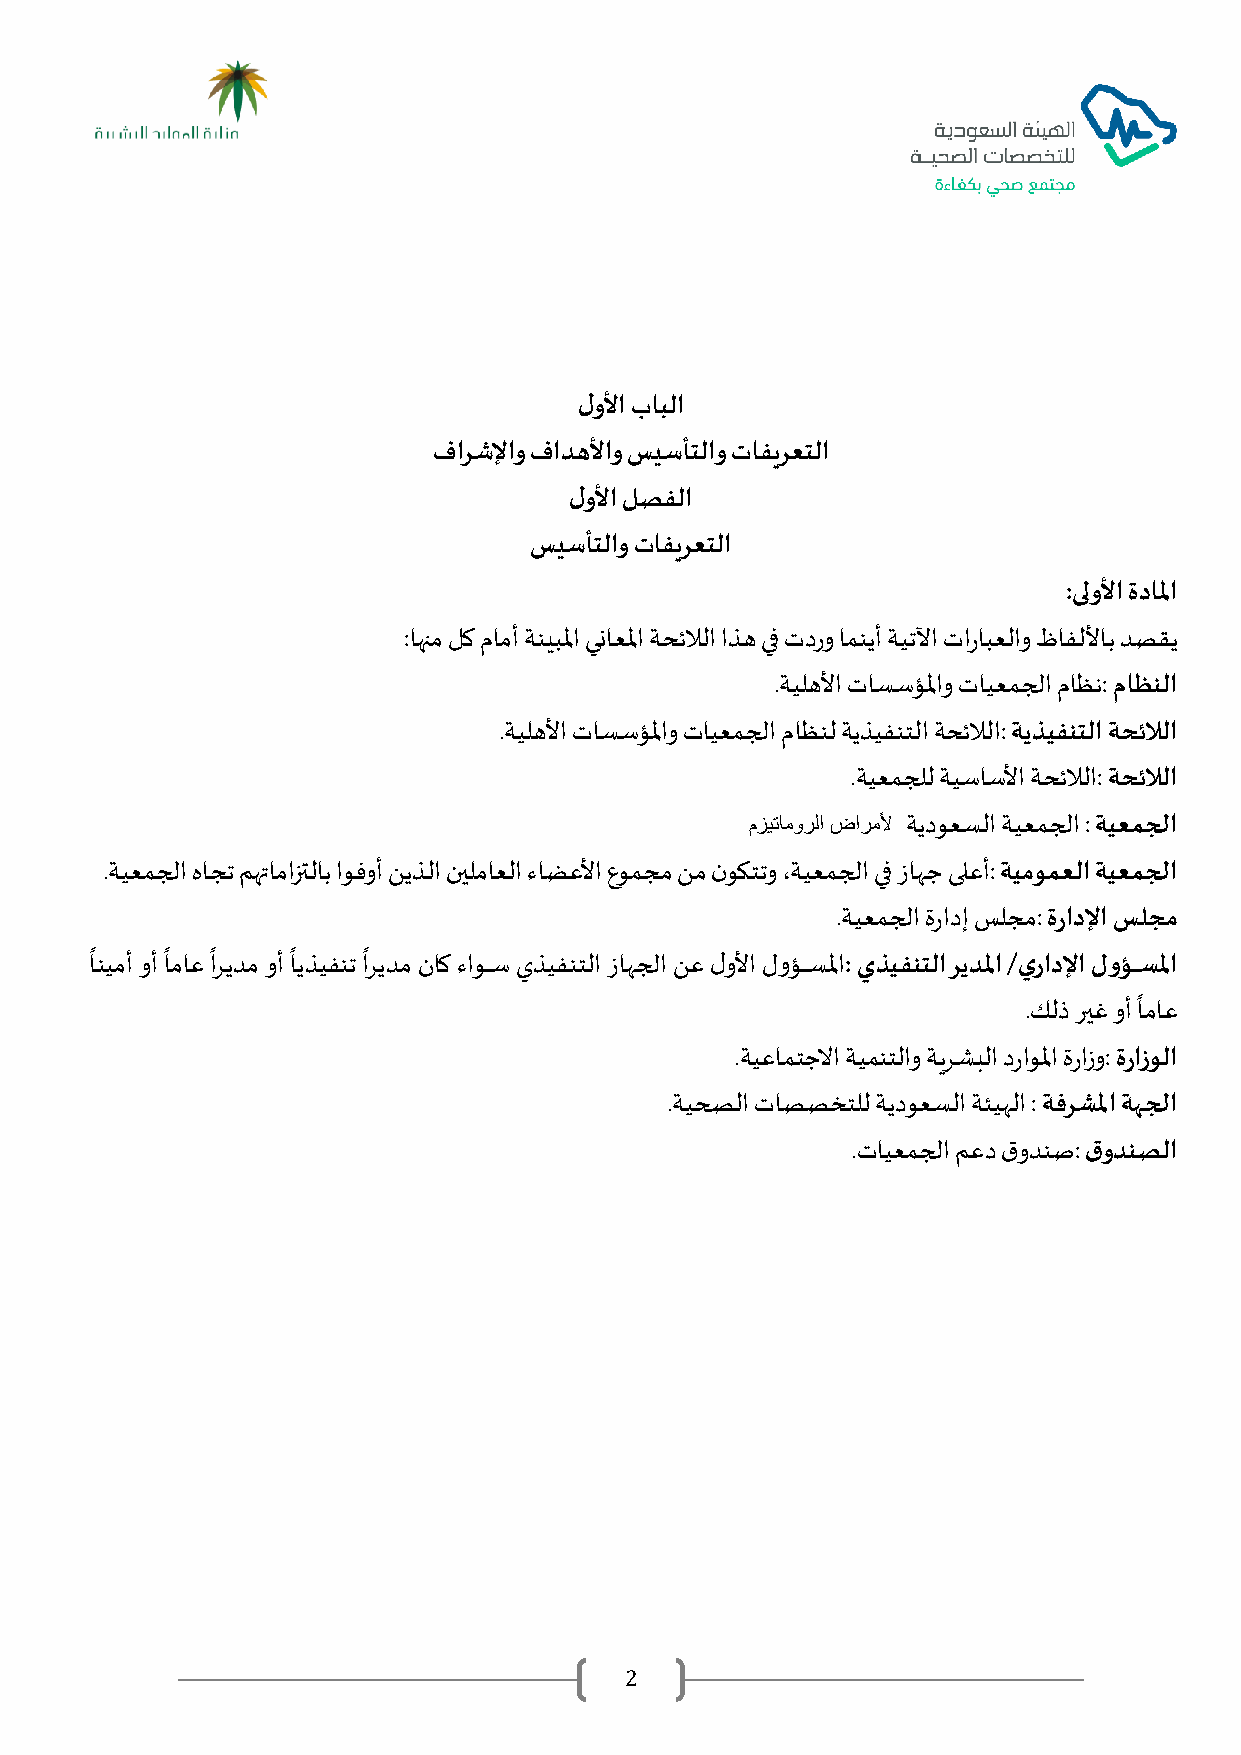
لولأا بابلا
 فارشلإاو فادهلأاو سيسأتلاو تافيرعتلا
 لولأا لصفلا
 سيسأتلاو تافيرعتلا
 :ىلولأا ةدالما
 :اهنم لك مامأ ةنيبلما يناعلما ةحئلالا اذه يف تدرو امنيأ ةيتلآا تارابعلاو ظافللأاب دصقي
 .ةيلهلأا تاسسؤلماو تايعمجلا ماظن: ماظنلا
 .ةيلهلأا تاسسؤلماو تايعمجلا ماظنل ةيذيفنتلا ةحئلالا: ةيذيفنتلا ةحئلالا
 .ةيعمجلل ةيساسلأا ةحئلالا: ةحئلالا
 مزيتامورلا ضارملأ ةيدوعسلا ةيعمجلا : ةيعمجلا
 .ةيعمجلا هاجت مهتامازتلاب اوفوأ نيذلا نيلماعلا ءاضعلأا عومجم نم نوكتتو ،ةيعمجلا يف زاهج ىلعأ: ةيمومعلا ةيعمجلا
 .ةيعمجلا ةرادإ سلجم: ةرادلإا سلجم
 انيمأ وأ اماع اريدم وأ ايذيفنت اريدم ناك ءاوؤؤؤؤؤس يذيفنتلا زاهجلا نع ولأا وؤؤؤؤؤؤسلما: دذيفنتلا ريدلما يدرادلإا لولإؤؤؤؤؤسلما
 .كلذ ريغ وأ اماع
 .ةيعامتجلاا ةيمنتلاو ةيرشبلا دراولما ةرازو: ةرازولا
 .ةيحصلا تاصصختلل ةيدوعسلا ةئيهلا : ةفرشلما ةهجلا
 .تايعمجلا معد قودنص: قودنصلا
 2